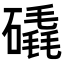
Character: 𥕹